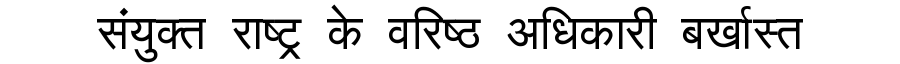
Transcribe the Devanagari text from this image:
संयुक्त राष्ट्र के वरिष्ठ अधिकारी बर्खास्त